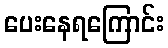
ပေးနေရကြောင်း